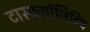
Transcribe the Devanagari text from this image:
टास्कपॉजिटिव